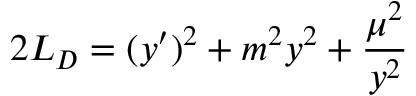
2 L _ { D } = ( y ^ { \prime } ) ^ { 2 } + m ^ { 2 } y ^ { 2 } + { \frac { \mu ^ { 2 } } { y ^ { 2 } } } \qquad